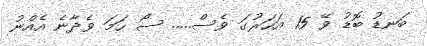
ބަނޑު ބޮޑު ވޭ 15 އަހަރުގަ ވެސް..... ސޯ ހަމަ ވެދާނެ އެއްނު